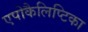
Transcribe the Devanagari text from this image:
एपोकैलिप्टिका